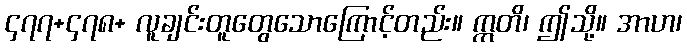
၄၇၇+၄၇၈+ လူချင်းတူတွေသောကြောင့်တည်း။ ဣတိ၊ ဤသို့။ အာဟ၊